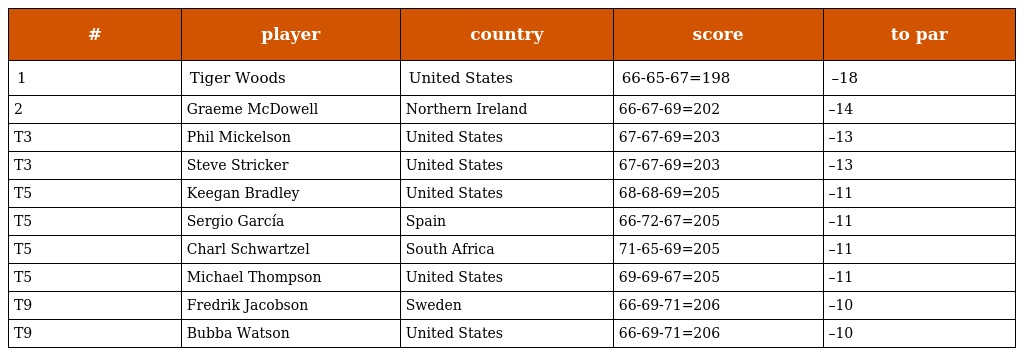
| # | player | country | score | to par |
 | --- | --- | --- | --- | --- |
 | 1 | Tiger Woods | United States | 66-65-67=198 | –18 |
 | 2 | Graeme McDowell | Northern Ireland | 66-67-69=202 | –14 |
 | T3 | Phil Mickelson | United States | 67-67-69=203 | –13 |
 | T3 | Steve Stricker | United States | 67-67-69=203 | –13 |
 | T5 | Keegan Bradley | United States | 68-68-69=205 | –11 |
 | T5 | Sergio García | Spain | 66-72-67=205 | –11 |
 | T5 | Charl Schwartzel | South Africa | 71-65-69=205 | –11 |
 | T5 | Michael Thompson | United States | 69-69-67=205 | –11 |
 | T9 | Fredrik Jacobson | Sweden | 66-69-71=206 | –10 |
 | T9 | Bubba Watson | United States | 66-69-71=206 | –10 |